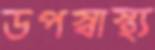
উপস্বাস্থ্য